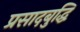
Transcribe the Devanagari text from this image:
प्रसादबुद्धि